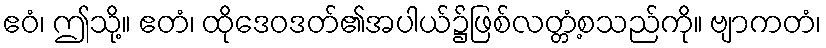
ဧဝံ၊ ဤသို့။ ဧတံ၊ ထိုဒေဝဒတ်၏အပါယ်၌ဖြစ်လတ္တံ့စသည်ကို။ ဗျာကတံ၊